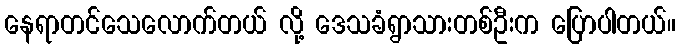
နေရာတင်သေလောက်တယ် လို့ ဒေသခံရွာသားတစ်ဦးက ပြောပါတယ်။